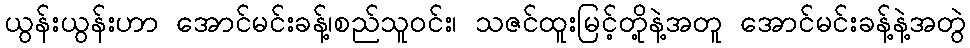
ယွန်းယွန်းဟာ အောင်မင်းခန့်၊စည်သူ၀င်း၊ သဇင်ထူးမြင့်တို့နဲ့အတူ အောင်မင်းခန့်နဲ့အတွဲ